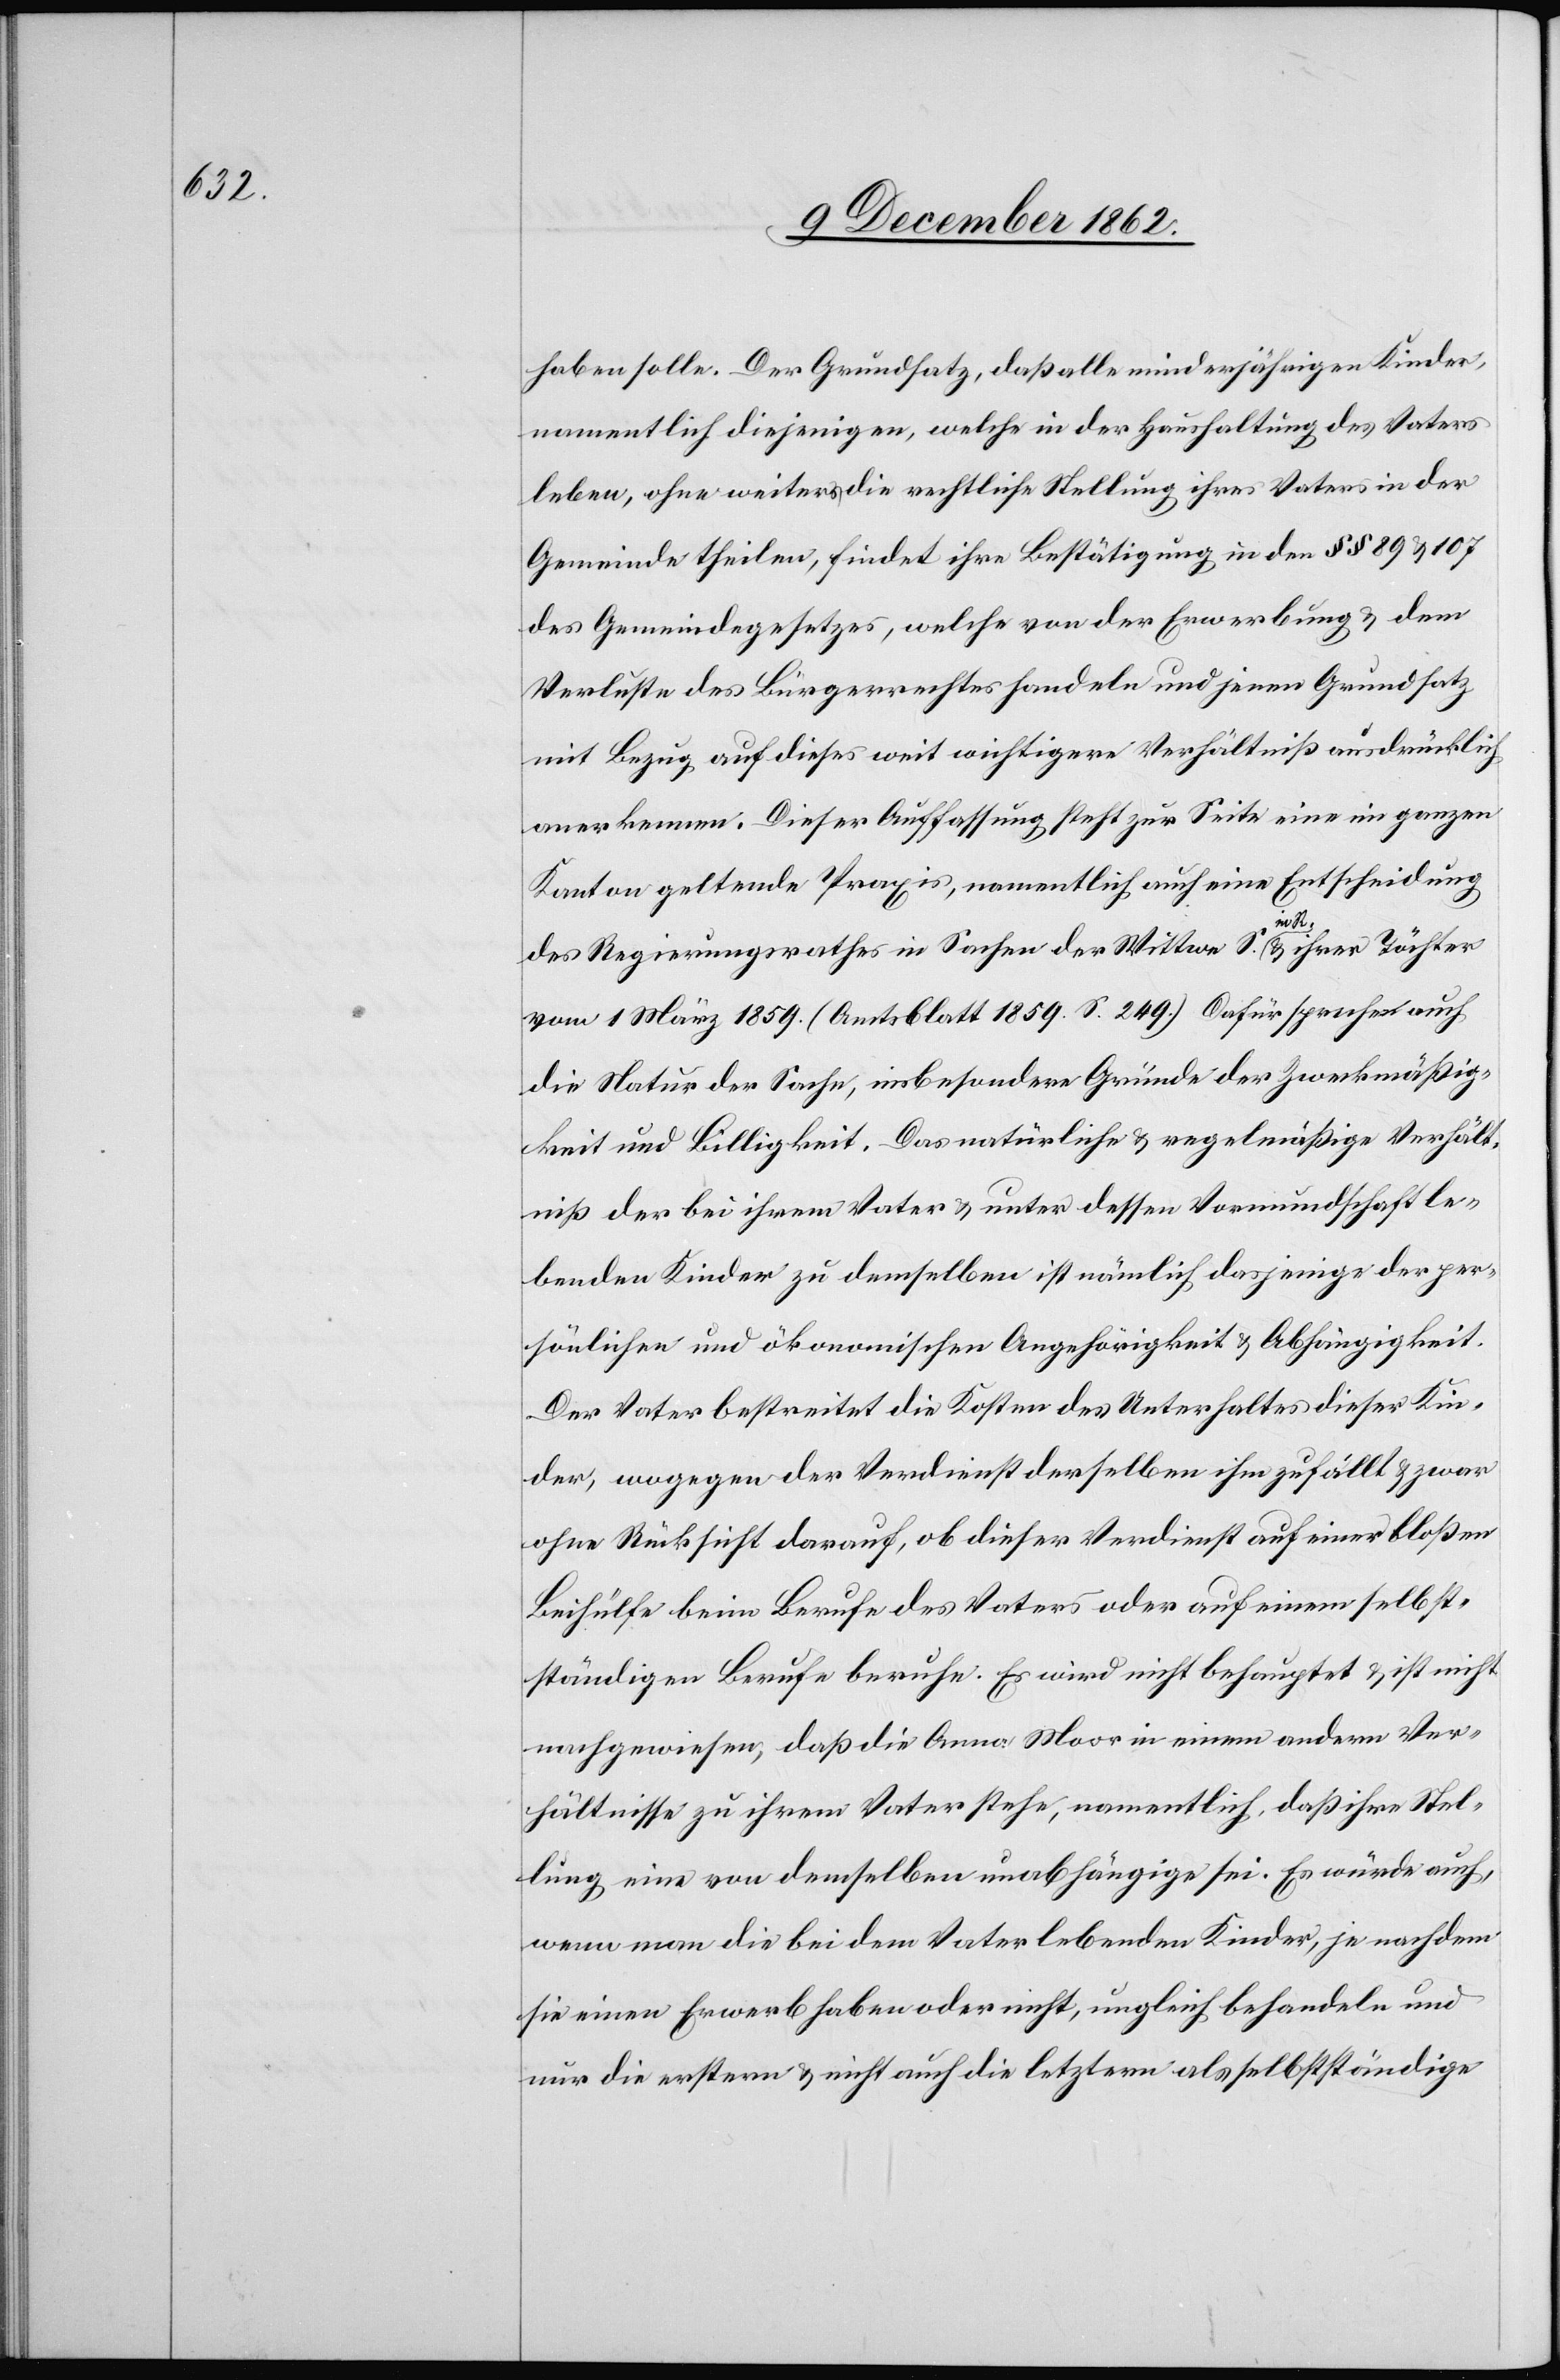
haben solle. Der Grundsatz, daß alle minderjährigen Kinder,
namentlich diejenigen, welche in der Haushaltung des Vaters
leben, ohne weiters die rechtliche Stellung ihres Vaters in der
Gemeinde theilen, findet ihre Bestätigung in den §§ 89 u. 107
des Gemeindegesetzes, welche von der Erwerbung u. dem
Verluste des Bürgerrechtes handeln und jenen Grundsatz
mit Bezug auf dieses weit wichtigere Verhältniß ausdrücklich
anerkenne. Dieser Auffassung steht zur Seite eine im ganzen
Kanton geltende Praxis, namentlich auch eine Entscheidung
des Regierungsrathes in Sachen der Wittwe S. in R. u. ihrer Töchter
vom 1. März 1859 (Amtsblatt 1859 S. 249). Dafür spreche auch
die Natur der Sache, insbesondere Gründe der Zweckmäßig¬
keit und Billigkeit. Das natürliche u. regelmäßige Verhält¬
niß der bei ihrem Vater u. unter dessen Vormundschaft le¬
benden Kinder zu demselben ist nämlich dasjenige der per¬
sönlichen und ökonomischen Angehörigkeit u. Abhängigkeit.
Der Vater bestreitet die Kosten des Unterhaltes dieser Kin¬
der, wogegen der Verdienst derselben ihm zufällt u. zwar
ohne Rücksicht darauf, ob dieser Verdienst auf einer bloßen
Beihülfe beim Berufe des Vaters oder auf einem selbst¬
ständigen Berufe beruhe. Es wird nicht behauptet u. ist nicht
nachgewiesen, daß die Anna Moor in einem andern Ver¬
hältnisse zu ihrem Vater stehe, namentlich, daß ihre Stel¬
lung eine von demselben unabhängige sei. Es würde auch,
wenn man die bei dem Vater lebenden Kinder, je nachdem
sie einen Erwerb haben oder nicht, ungleich behandeln und
nur die erstern u. nicht auch die letztern als selbstständige